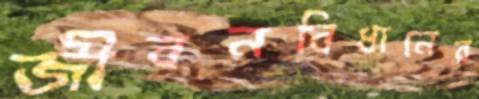
জীবনবিধানের